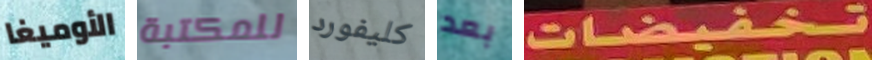
الأوميغا للمكتبة كليفورد بعد تخفيضات